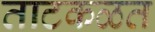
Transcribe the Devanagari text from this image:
ताटकळत